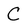
Character: C